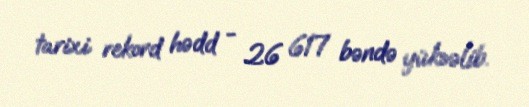
tarixi rekord hədd - 26 617 bəndə yüksəlib.